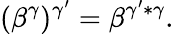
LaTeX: (\beta^{\gamma})^{\gamma^{\prime}}=\beta^{\gamma^{\prime}*\gamma}.